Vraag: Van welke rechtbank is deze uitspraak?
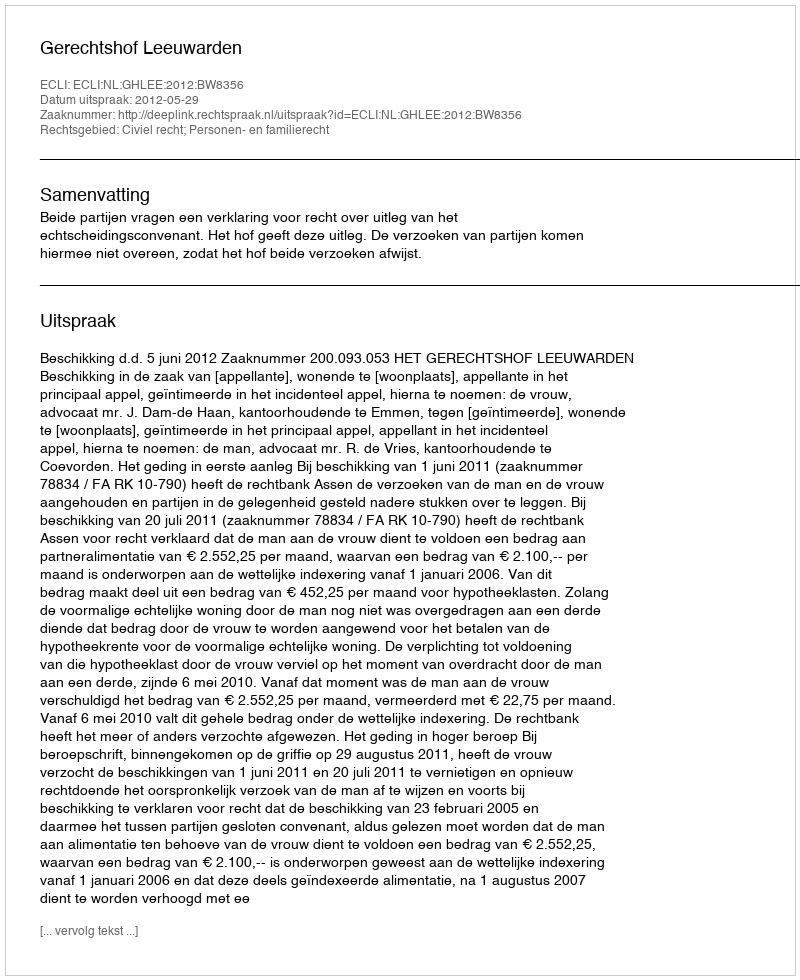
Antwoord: Gerechtshof Leeuwarden